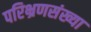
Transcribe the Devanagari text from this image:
परिभ्रणसंख्या